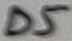
Text: D5